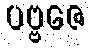
ပဗ္ဗဇေ